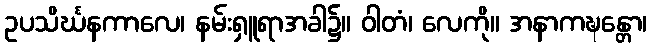
ဥပသိင်္ဃနကာလေ၊ နမ်းရှူရာအခါ၌။ ဝါတံ၊ လေကို။ အနာကဍ္ဎန္တော၊